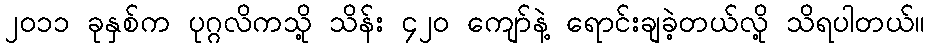
၂၀၁၁ ခုနှစ်က ပုဂ္ဂလိကသို့ သိန်း ၄၂၀ ကျော်နဲ့ ရောင်းချခဲ့တယ်လို့ သိရပါတယ်။